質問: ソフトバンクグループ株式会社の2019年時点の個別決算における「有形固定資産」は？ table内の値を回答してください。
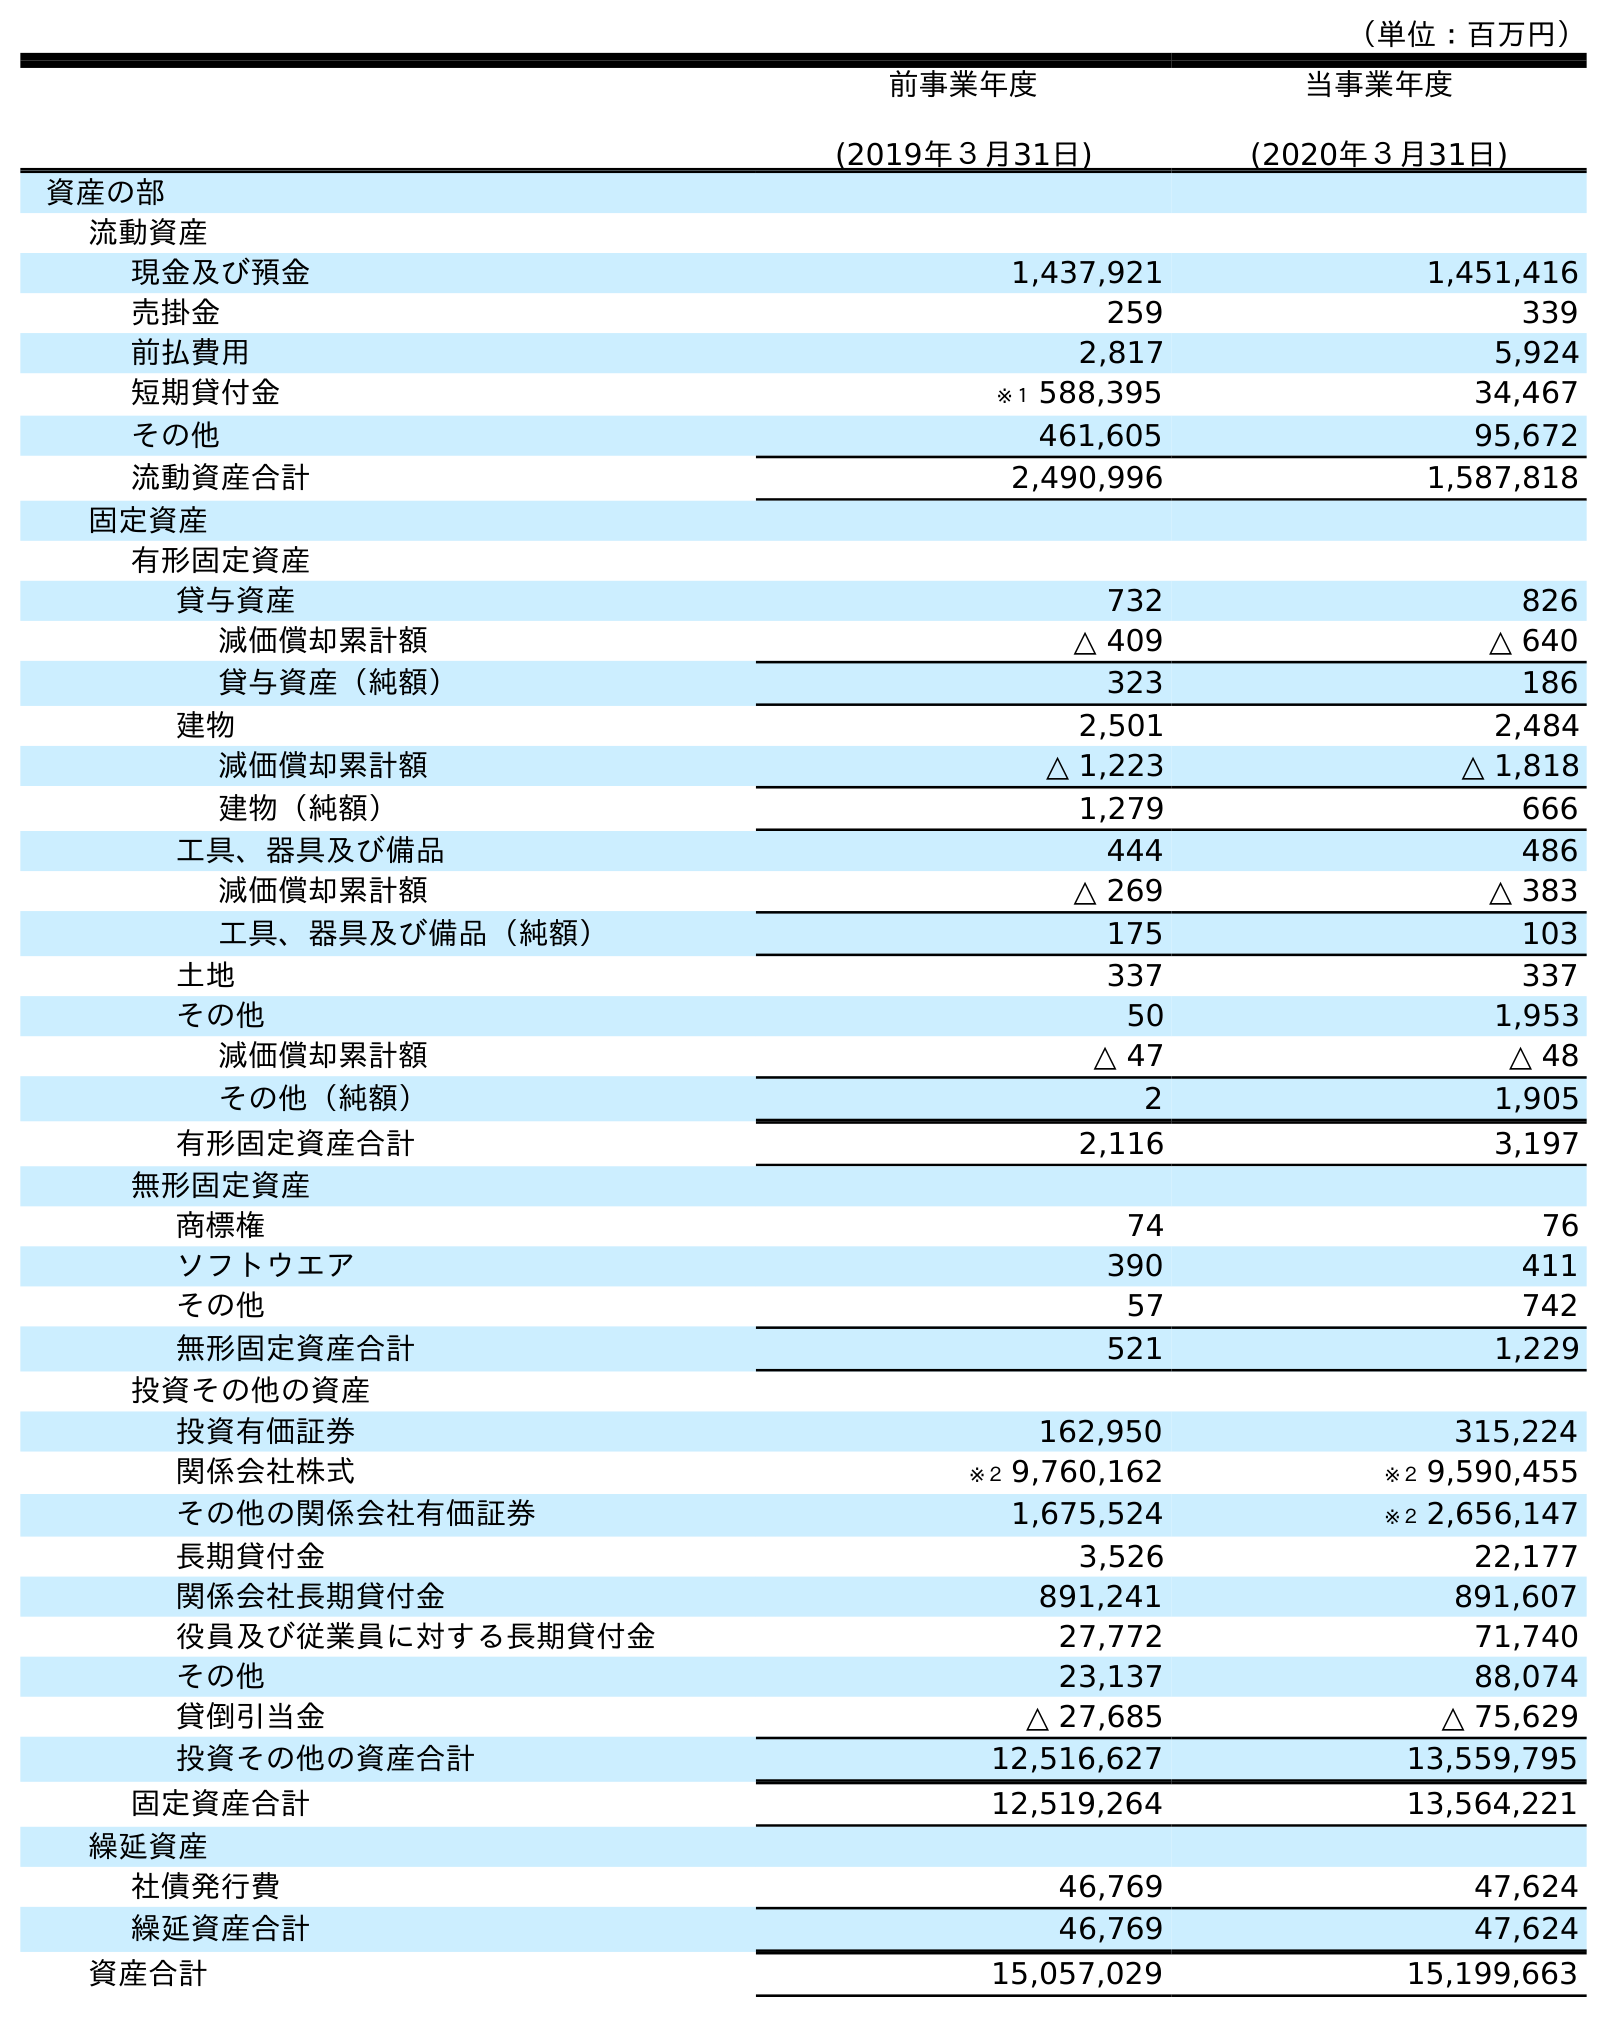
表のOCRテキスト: （単位：百万円） 前事業年度 (2019年３月31日) 当事業年度 (2020年３月31日) 資産の部 流動資産 現金及び預金 1,437,921 1,451,416 売掛金 259 339 前払費用 2,817 5,924 短期貸付金 ※１ 588,395 34,467 その他 461,605 95,672 流動資産合計 2,490,996 1,587,818 固定資産 有形固定資産 貸与資産 732 826 減価償却累計額 △ 409 △ 640 貸与資産（純額） 323 186 建物 2,501 2,484 減価償却累計額 △ 1,223 △ 1,818 建物（純額） 1,279 666 工具、器具及び備品 444 486 減価償却累計額 △ 269 △ 383 工具、器具及び備品（純額） 175 103 土地 337 337 その他 50 1,953 減価償却累計額 △ 47 △ 48 その他（純額） 2 1,905 有形固定資産合計 2,116 3,197 無形固定資産 商標権 74 76 ソフトウエア 390 411 その他 57 742 無形固定資産合計 521 1,229 投資その他の資産 投資有価証券 162,950 315,224 関係会社株式 ※２ 9,760,162 ※２ 9,590,455 その他の関係会社有価証券 1,675,524 ※２ 2,656,147 長期貸付金 3,526 22,177 関係会社長期貸付金 891,241 891,607 役員及び従業員に対する長期貸付金 27,772 71,740 その他 23,137 88,074 貸倒引当金 △ 27,685 △ 75,629 投資その他の資産合計 12,516,627 13,559,795 固定資産合計 12,519,264 13,564,221 繰延資産 社債発行費 46,769 47,624 繰延資産合計 46,769 47,624 資産合計 15,057,029 15,199,663
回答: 2,116